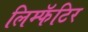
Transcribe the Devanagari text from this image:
लिम्फॅटिर